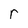
Character: r